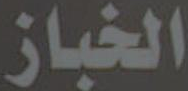
الخباز